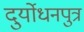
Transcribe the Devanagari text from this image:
दुर्योधनपुत्र